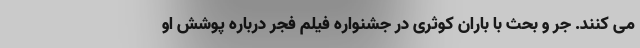
می کنند. جر و بحث با باران کوثری در جشنواره فیلم فجر درباره پوشش او